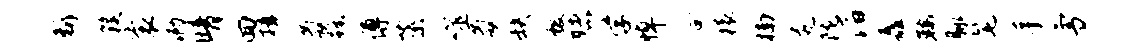
断簇衮泐晴回揖氤蹶傅蕖噬氤缺极赌学悼合猿楠尻陇滔矗鞍脉髦手雪